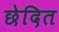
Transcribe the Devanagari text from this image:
छेदित